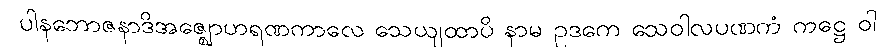
ပါနဘောဇနာဒိအဇ္ဈောဟရဏကာလေ သေယျထာပိ နာမ ဥဒကေ သေဝါလပဏကံ ကဋ္ဌေ ဝါ